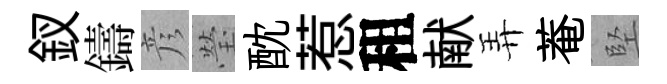
釵鑄彦瑩酖惹租献弄菴堅